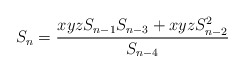
\begin{align*} S_n=\frac{xyz S_{n-1}S_{n-3}+xyz S_{n-2}^2}{S_{n-4}} \end{align*}